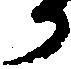
か